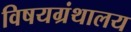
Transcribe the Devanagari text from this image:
विषयग्रंथालय